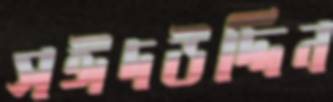
সঈদউদ্দিন